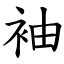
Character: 袖